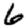
Digit: 6